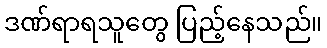
ဒဏ်ရာရသူတွေ ပြည့်နေသည်။